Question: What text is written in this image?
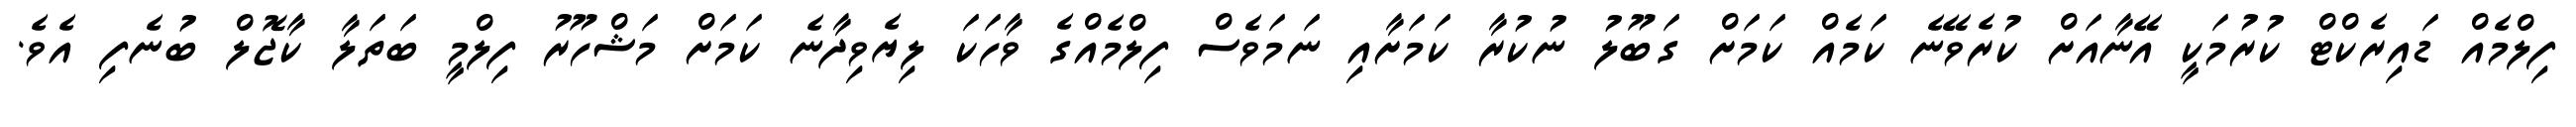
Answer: ފިލްމެއް ޑައިރެކްޓް ކުރުމަކީ އޭނާއަށް ކުރެވޭނެ ކަމެއް ކަމަށް ގަބޫލު ނުކުރާ ކަމަށާއި ނަމަވެސް ފިލްމެއްގެ ވާހަކަ ލިޔެވިދާނެ ކަމަށް މަޝްހޫރު ފިލްމީ ބަތަލާ ކާޖޮލް ބުނެފި އެވެ.